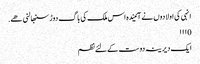
انہی کی اولادوں نے آئیندہ اس ملک کی باگ دوڑ سنبھالنی ھے.
0 ۱۱۱
ایک دیرینہ دوست کےلئے نظم